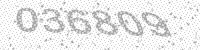
Solution: 036809